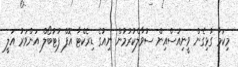
މިކަމާ ގުޅިގެން ވީނިއުސްއިން ސުވާލްކުރުމުން ނިއުގެ ޑިރެކްޓާ އޮފް ފުޓުބޯލް އަންވަރު އަލީ